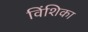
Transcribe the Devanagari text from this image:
विंशिका